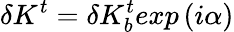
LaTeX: \delta K^{t}=\delta K_{b}^{t}exp\left(i\alpha\right)